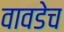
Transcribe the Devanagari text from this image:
वावडेच